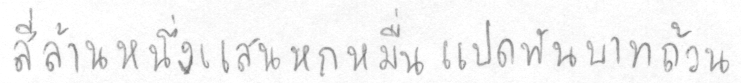
สี่ล้านหนึ่งแสนหกหมื่นแปดพันบาทถ้วน